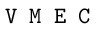
\texttt { V M E C }